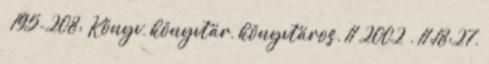
– 195-208; Könyv, könyvtár, könyvtáros. 11 2002 . 11:18:27.